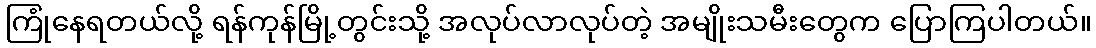
ကြုံနေရတယ်လို့ ရန်ကုန်မြို့တွင်းသို့ အလုပ်လာလုပ်တဲ့ အမျိုးသမီးတွေက ပြောကြပါတယ်။